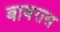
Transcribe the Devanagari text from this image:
बाबरास